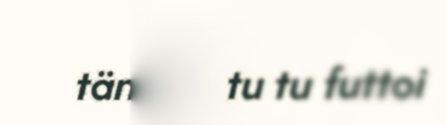
täneftit tu tu futtoi